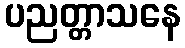
ပညတ္တာသနေ